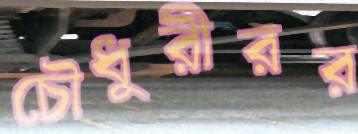
চৌধুরীরর